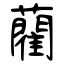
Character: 藺